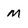
Character: M